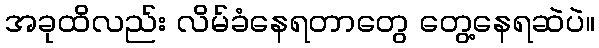
အခုထိလည်း လိမ်ခံနေရတာတွေ တွေ့နေရဆဲပဲ။